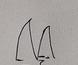
Signature authenticity: genuine